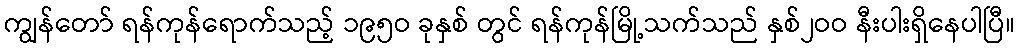
ကျွန်တော် ရန်ကုန်ရောက်သည့် ၁၉၅ဝ ခုနှစ် တွင် ရန်ကုန်မြို့သက်သည် နှစ်၂ဝဝ နီးပါးရှိနေပါပြီ။